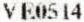
VE0514